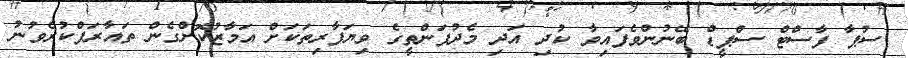
ސުޕާ ފާސްޓް ސްޕީޑް ބޭނުންވެފައިވާ ކުދި އަދި މެދުފަންތީގެ ވިޔަފާރިތަކަށް އަމާޒުކޮށްގެން ތައާރަފްކުރެވުނު